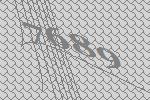
7689